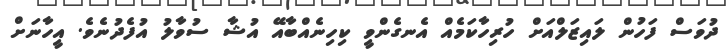
ދުވަސް ފަހުން ލައިޒަލްއަށް ހުރިހާކަމެއް އެނގެންވީ ކިހިނެއްބާއޭ އުޝާ ސުވާލު އުފެދުނެވެ. އީހާނަށް